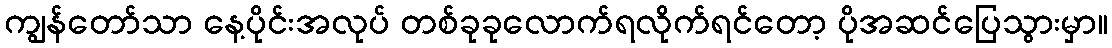
ကျွန်တော်သာ နေ့ပိုင်းအလုပ် တစ်ခုခုလောက်ရလိုက်ရင်တော့ ပိုအဆင်ပြေသွားမှာ။